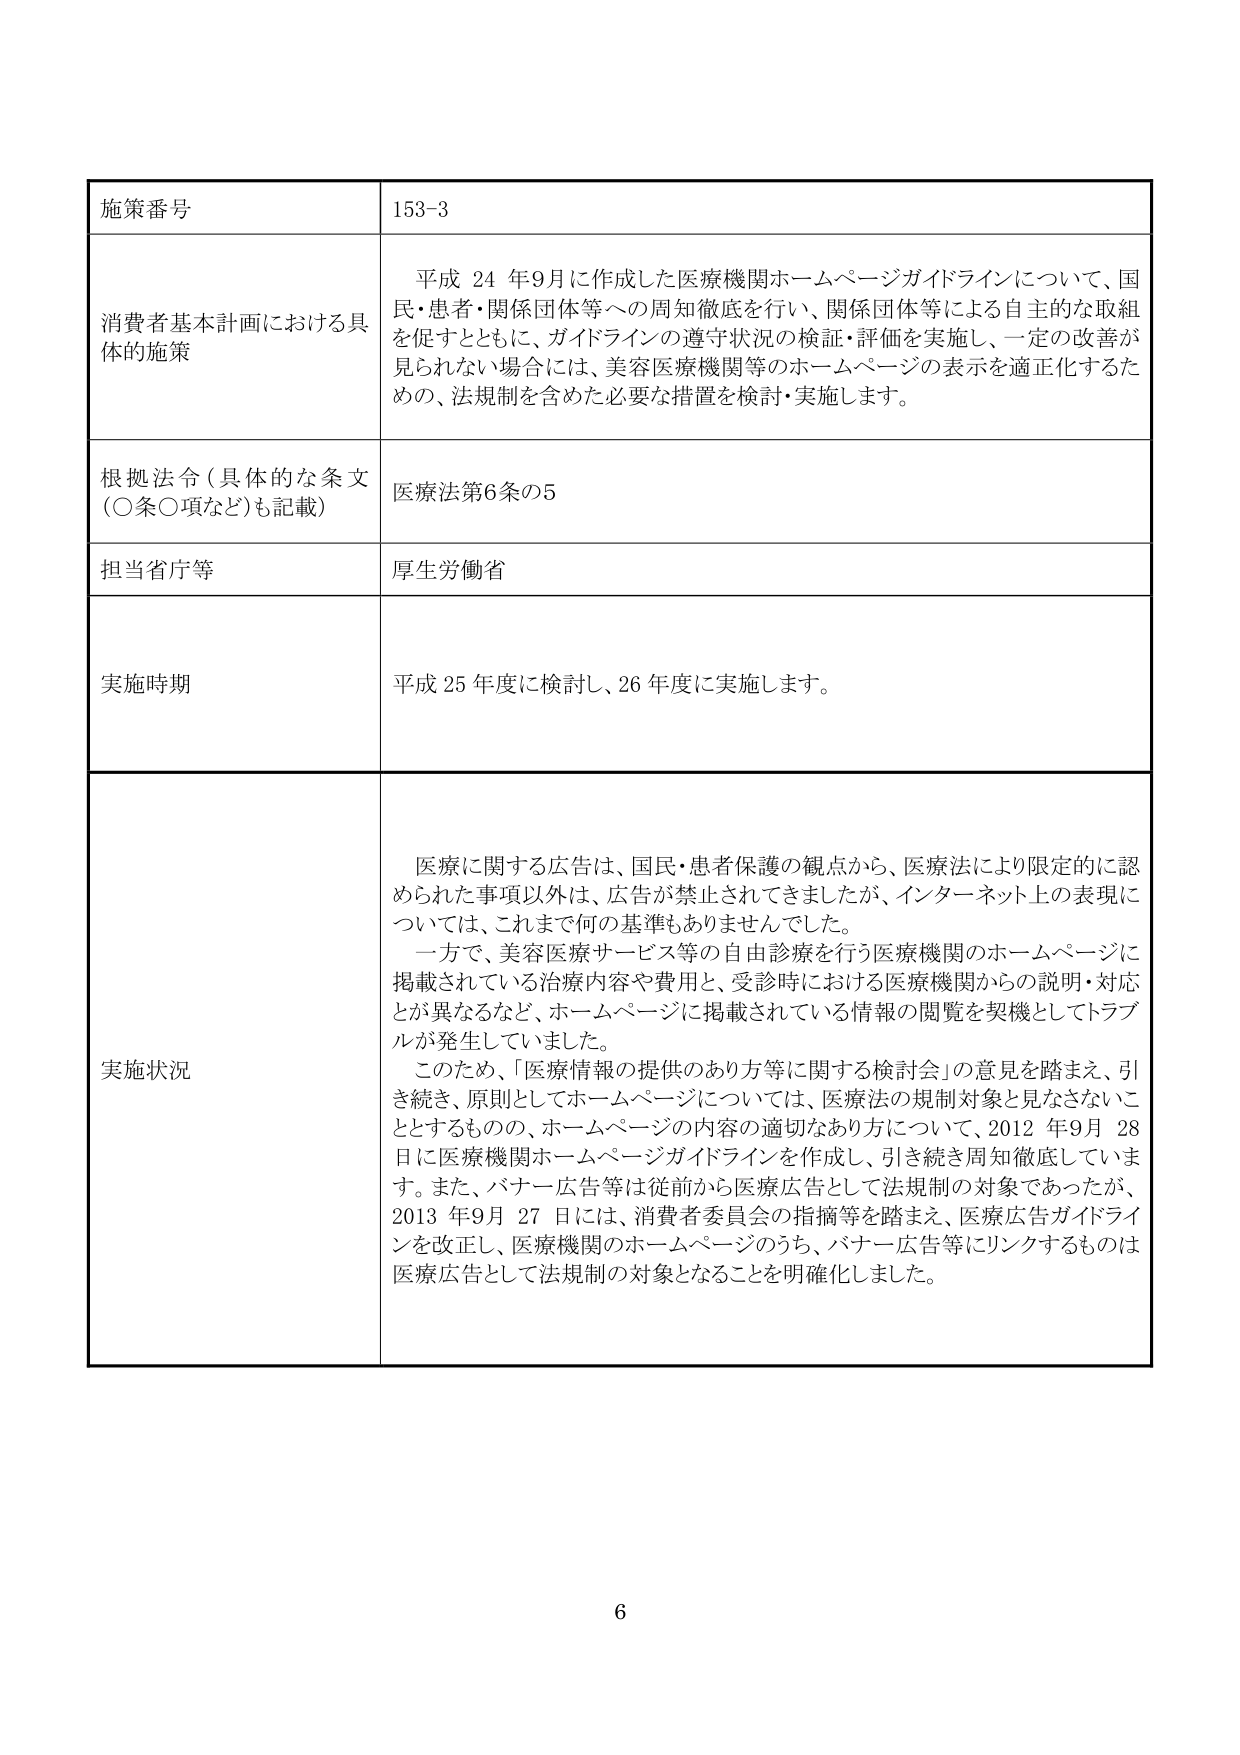
施策番号 153-3
消費者基本計画における具体的施策 平成24年9月に作成した医療機関ホームページガイドラインについて、国民・患者・関係団体等への周知徹底を行い、関係団体等による自主的な取組を促すとともに、ガイドラインの遵守状況の検証・評価を実施し、一定の改善が見られない場合には、美容医療機関等のホームページの表示を適正化するための、法規制を含めた必要な措置を検討・実施します。
根拠法令（具体的な条文（○条○項など）も記載） 医療法第6条の5
担当省庁等 厚生労働省
実施時期 平成25年度に検討し、26年度に実施します。
実施状況 医療に関する広告は、国民・患者保護の観点から、医療法により限定的に認められた事項以外は、広告が禁止されてきましたが、インターネット上の表現については、これまで何の基準もありませんでした。
一方で、美容医療サービス等の自由診療を行う医療機関のホームページに掲載されている治療内容や費用と、受診時における医療機関からの説明・対応とが異なるなど、ホームページに掲載されている情報の閲覧を契機としてトラブルが発生していました。
このため、「医療情報の提供のあり方等に関する検討会」の意見を踏まえ、引き続き、原則としてホームページについては、医療法の規制対象と見なさないこととするものの、ホームページの内容の適切なあり方について、2012年9月28日に医療機関ホームページガイドラインを作成し、引き続き周知徹底しています。また、バナー広告等は従前から医療広告として法規制の対象であったが、2013年9月27日には、消費者委員会の指摘等を踏まえ、医療広告ガイドラインを改正し、医療機関のホームページのうち、バナー広告等にリンクするものは医療広告として法規制の対象となることを明確化しました。
6